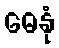
ဓေနုံ